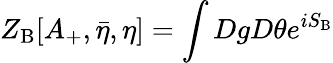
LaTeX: Z_{\mathrm{B}}[A_{+},{\bar{\eta}},\eta]=\int DgD\theta e^{iS_{\mathrm{B}}}